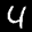
Label: 4